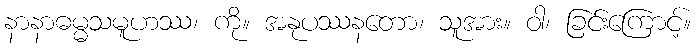
နာနာဓမ္မသမူဟဿ၊ ကို။ အနုပဿနတော၊ သူအား။ ဝါ၊ ခြင်းကြောင့်။